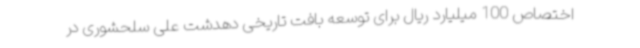
اختصاص 100 میلیارد ریال برای توسعه بافت تاریخی دهدشت علی سلحشوری در